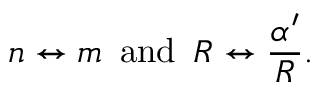
n \leftrightarrow m \, \, \, \mathrm { a n d } \, \, \, R \leftrightarrow \frac { \alpha ^ { \prime } } { R } .